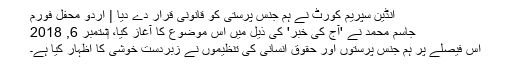
انڈین سپریم کورٹ نے ہم جنس پرستی کو قانونی قرار دے دیا | اردو محفل فورم
جاسم محمد نے 'آج کی خبر' کی ذیل میں اس موضوع کا آغاز کیا، ‏ستمبر 6, 2018
اس فیصلے پر ہم جنس پرستوں اور حقوق انسانی کی تنظیموں نے زبردست خوشی کا اظہار کیا ہے۔